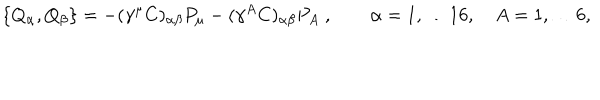
\{ Q _ { \alpha } , Q _ { \beta } \} = - ( \gamma ^ { \mu } C ) _ { \alpha \beta } P _ { \mu } - ( \gamma ^ { A } C ) _ { \alpha \beta } P _ { A } \ , \qquad \alpha = 1 , \dots 1 6 , \quad A = 1 , \dots 6 ,